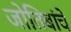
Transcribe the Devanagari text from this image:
जोतिबांचे